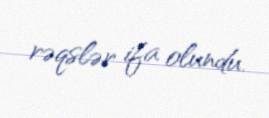
rəqslər ifa olundu.